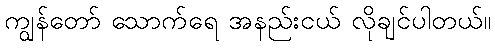
ကျွန်တော် သောက်ရေ အနည်းငယ် လိုချင်ပါတယ်။